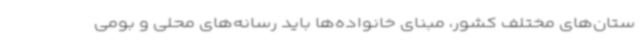
ستان‌های مختلف کشور، مبنای خانواده‌ها باید رسانه‌های محلی و بومی